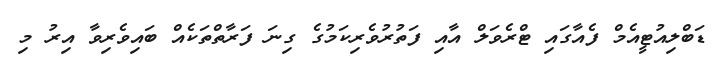
ޑަބްލިއުޓީއެމް ފެއާގައި ޓްރެވަލް އާއި ފަތުރުވެރިކަމުގެ ގިނަ ފަރާތްތަކެއް ބައިވެރިވާ އިރު މި